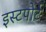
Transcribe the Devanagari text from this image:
इस्टपोर्ट